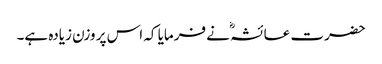
حضرت عائشہؓ نے فرمایا کہ اس پر وزن زیادہ ہے۔